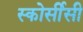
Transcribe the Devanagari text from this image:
स्कोर्सीसी